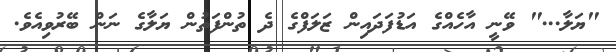
"ޔަލާ..." ވޭނީ އާހެއްގެ އަޑުފަދައިން ޒަލަފްގެ ދެ ތުންފަތުން ޔަލާގެ ނަން ބޭރުވިއެވެ.